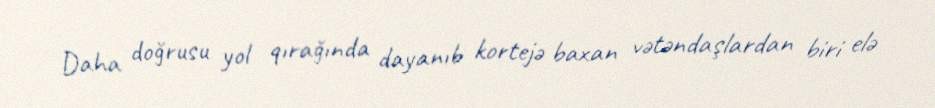
Daha doğrusu yol qırağında dayanıb kortejə baxan vətəndaşlardan biri elə